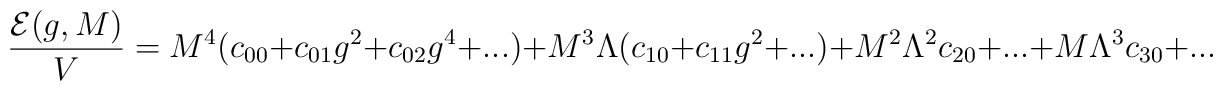
\frac{{\cal E}(g,M)}{V}=M^4(c_{00}+c_{01}g^2+c_{02}g^4+...)+M^3\Lambda(c_{10}+c_{11}g^2+...)+M^2\Lambda^2c_{20}+...+M\Lambda^3c_{30}+...